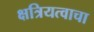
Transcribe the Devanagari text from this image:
क्षत्रियत्वाचा